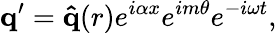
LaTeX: \mathbf{q}^{\prime}=\mathbf{\hat{q}}(r)e^{i\alpha x}e^{im\theta}e^{-i\omega t},